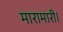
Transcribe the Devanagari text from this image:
मारामारी।